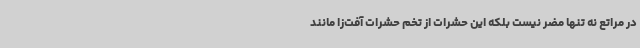
در مراتع نه تنها مضر نیست بلکه این حشرات از تخم حشرات آفت‌زا مانند